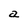
Character: a